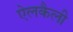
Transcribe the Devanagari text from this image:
ऐलकैली